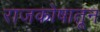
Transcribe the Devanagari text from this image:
राजकोषातून